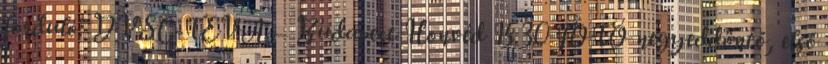
forduló: DVSC-TEVA – Budapest Honvéd 15.30 FOTÓ negyeddöntő, első